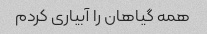
همه گیاهان را آبیاری کردم